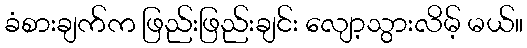
ခံစားချက်က ဖြည်းဖြည်းချင်း လျော့သွားလိမ့် မယ်။